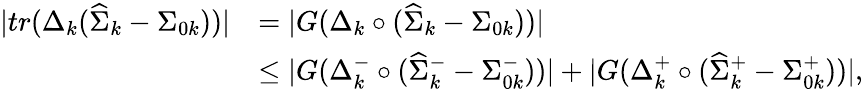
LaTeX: \begin{array}{rl}{|tr(\Delta_{k}(\widehat{\Sigma}_{k}-\Sigma_{0k}))|}&{=|G(\Delta_{k}\circ(\widehat{\Sigma}_{k}-\Sigma_{0k}))|}\\ &{\leq|G(\Delta_{k}^{-}\circ(\widehat{\Sigma}_{k}^{-}-\Sigma_{0k}^{-}))|+|G(\Delta_{k}^{+}\circ(\widehat{\Sigma}_{k}^{+}-\Sigma_{0k}^{+}))|,}\end{array}